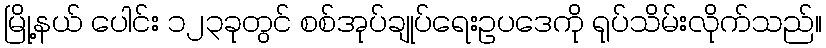
မြို့နယ် ပေါင်း ၁၂၃ခုတွင် စစ်အုပ်ချုပ်ရေးဥပဒေကို ရုပ်သိမ်းလိုက်သည်။